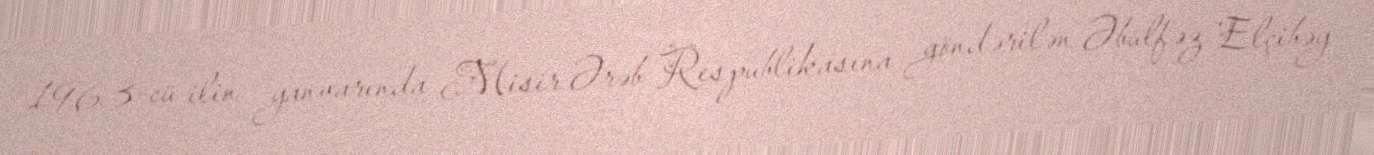
1963-cü ilin yanvarında Misir Ərəb Respublikasına göndərilən Əbülfəz Elçibəy